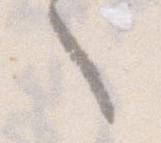
ゝ